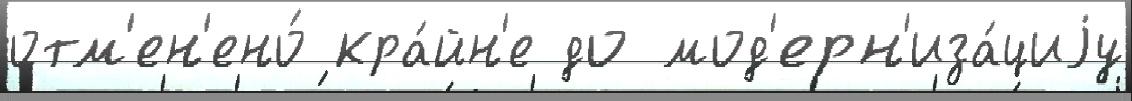
отм'ен'ено́ кра́йн'е до мод'ерн'иза́циjу